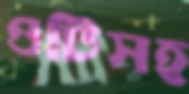
ওটিসহ